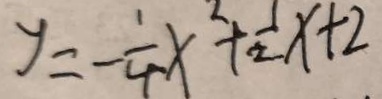
y = - \frac { 1 } { 4 } x ^ { 2 } + \frac { 1 } { 2 } x + 2